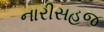
નારીસહજ